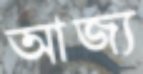
আজ্য